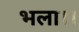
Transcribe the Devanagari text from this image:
भला।।